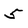
Character: 5